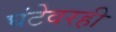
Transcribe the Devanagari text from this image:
घंटेवरही